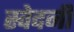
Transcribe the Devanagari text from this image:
स्वेदनी